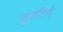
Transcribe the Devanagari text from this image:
श्रुतीने